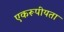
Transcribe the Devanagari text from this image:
एकरूपीयता